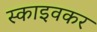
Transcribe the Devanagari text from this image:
स्काइवकर